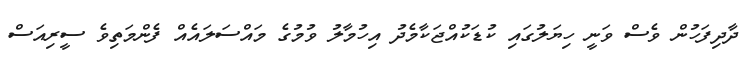
ދާދިފަހުން ވެސް ވަނީ ހިޔަލުގައި ކުޑަކުއްޖަކާމެދު އިހުމާލު ވުމުގެ މައްސަލައެއް ފެންމަތިވެ ސީރިއަސް